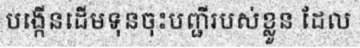
បង្កើនដើមទុនចុះបញ្ជីរបស់ខ្លួន ដែល